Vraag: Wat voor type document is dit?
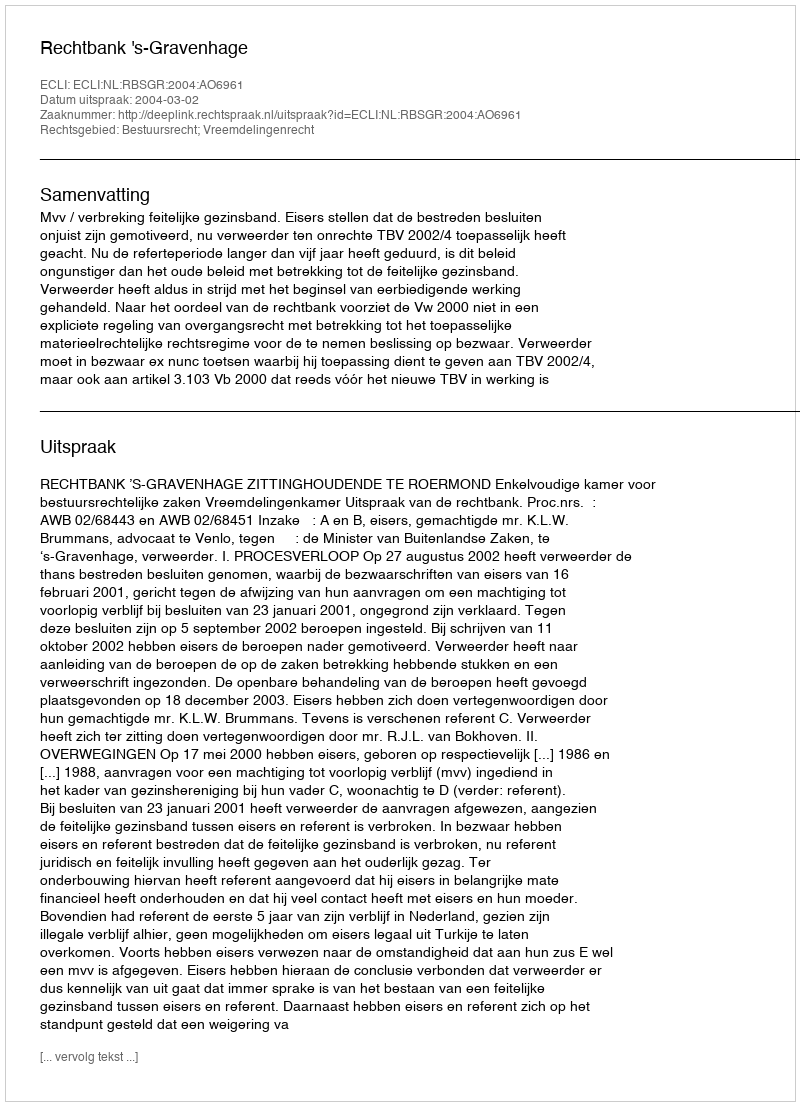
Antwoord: Uitspraak